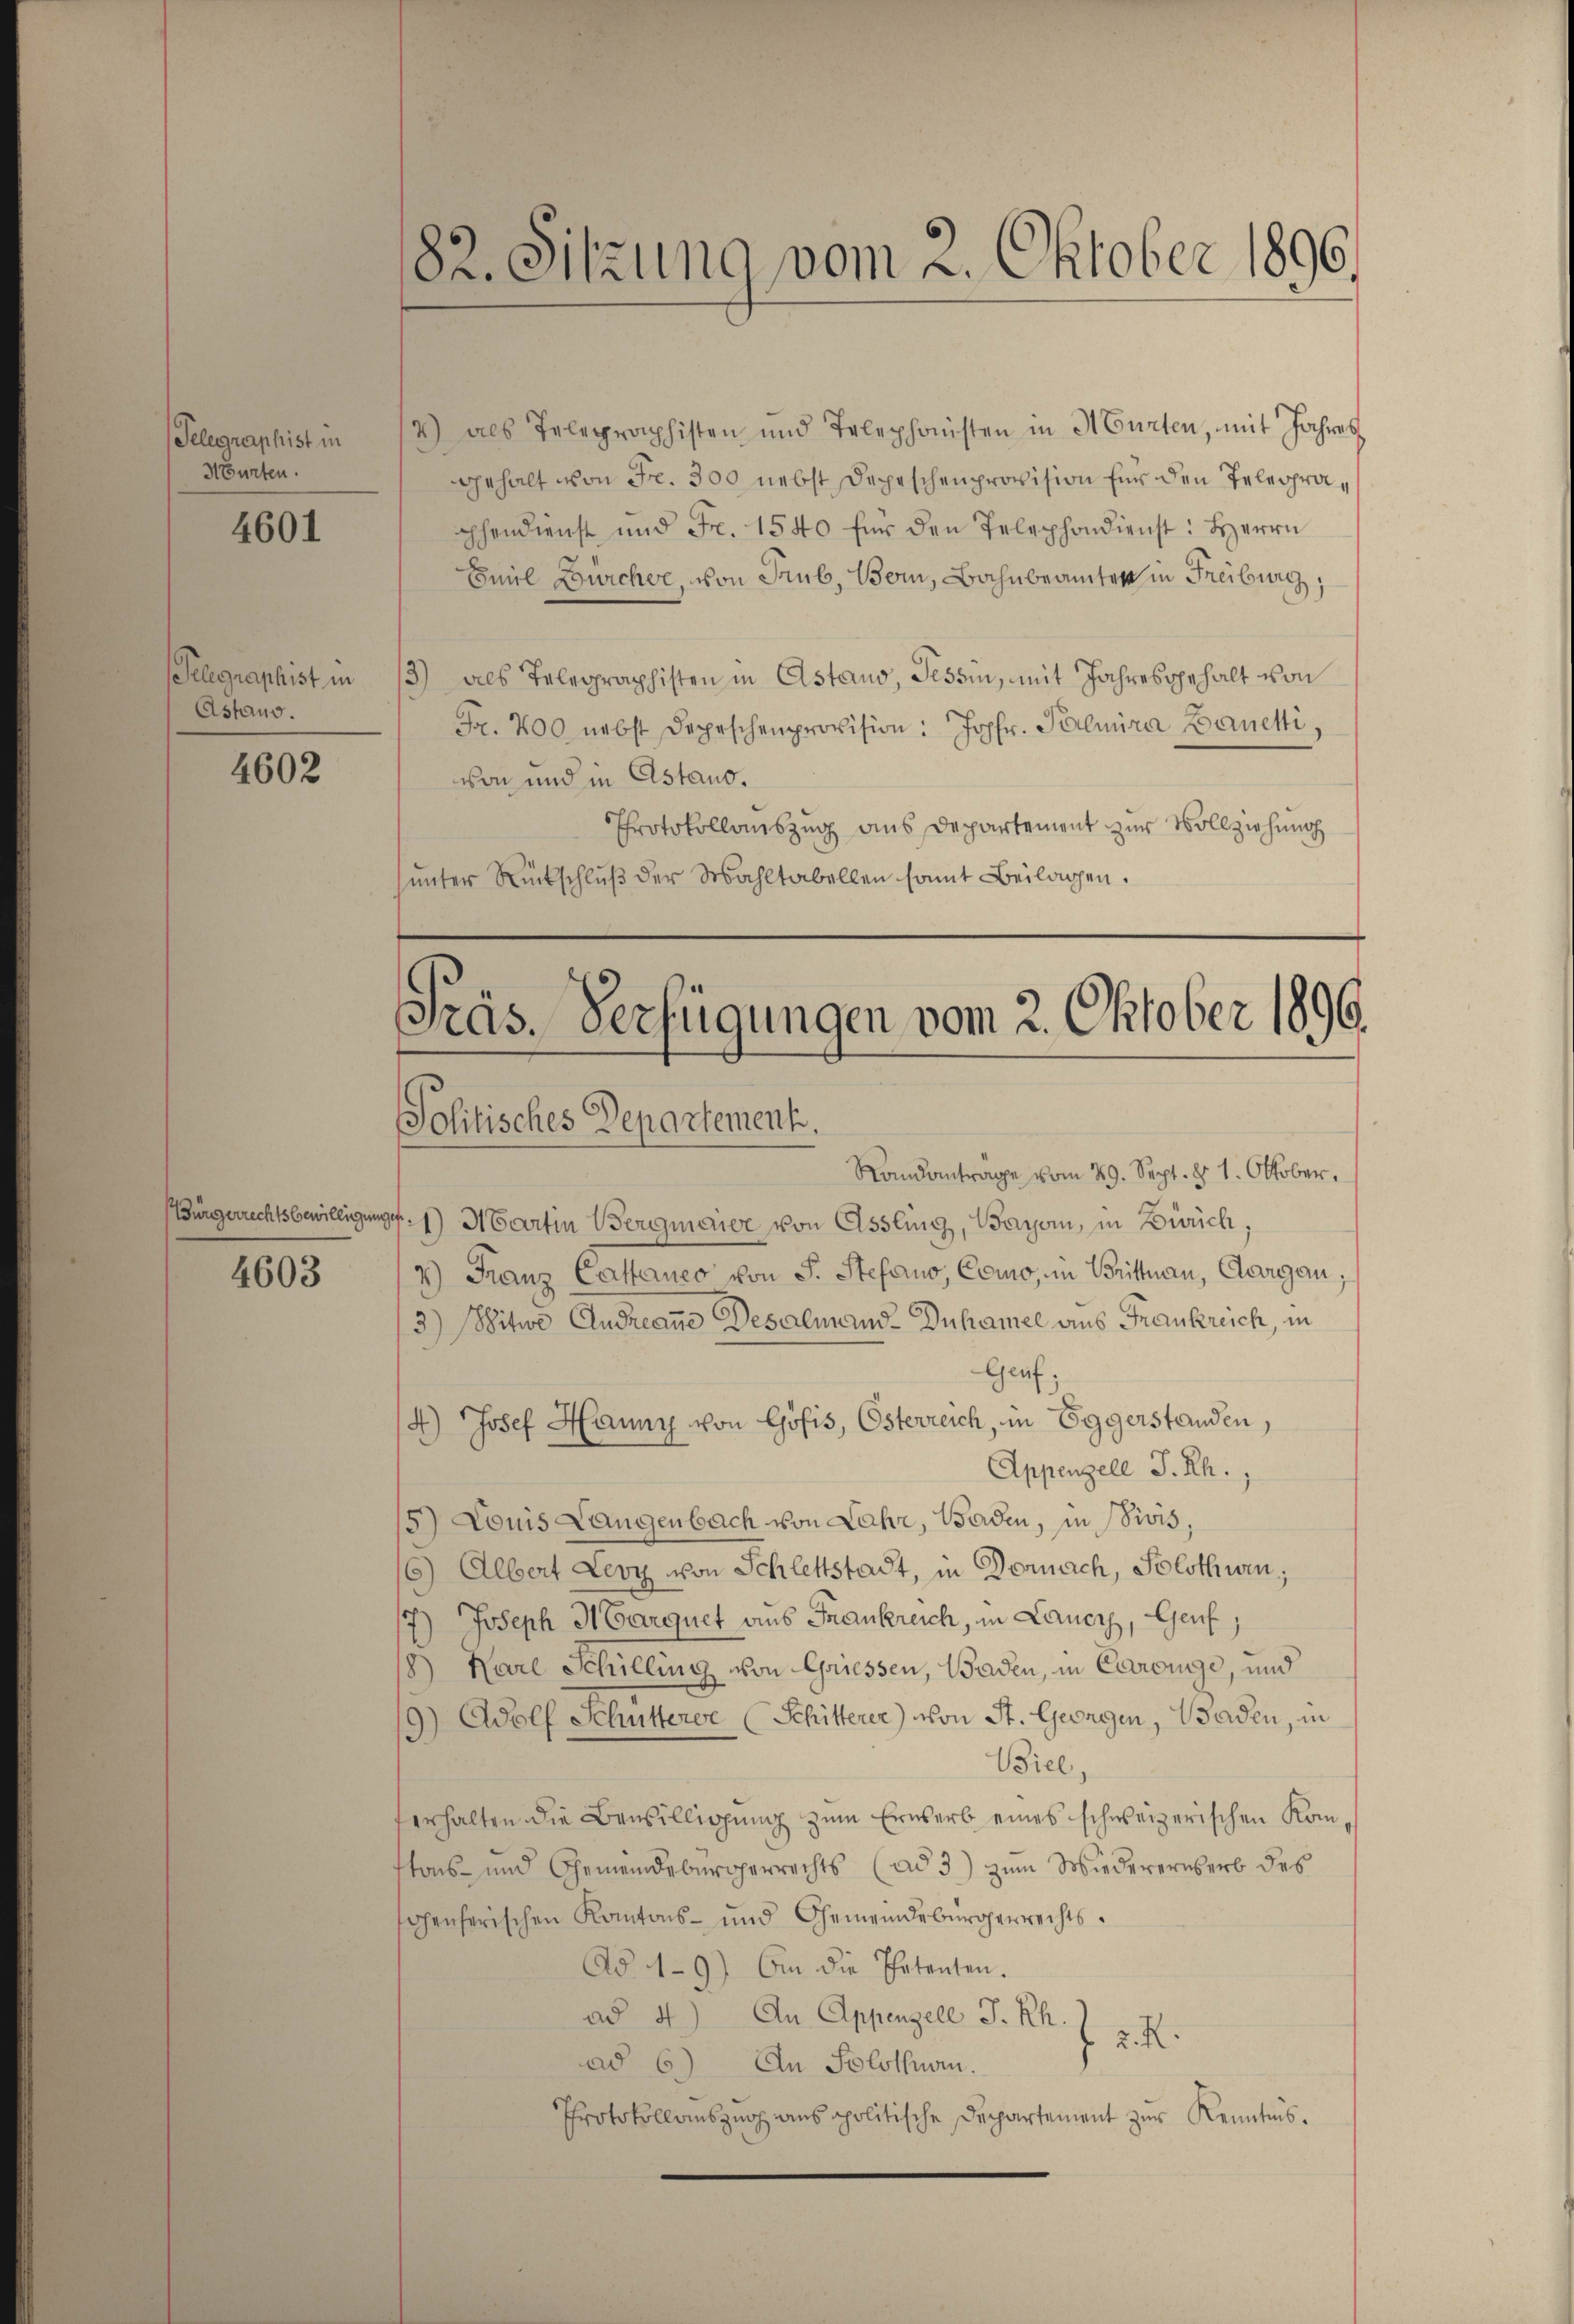
Telegraphist in
Hurten.

4601

Telegraphist in
Astaus.

4602

4603

2) als Telegraphisten und Telephonisten in Murten, mit Jahres
gehalt von Fr. 300 nebst Depeschenprovision für den Telegraaphendienst und Fr. 1540 für den Telephondienst: Herrn
Emil Bürche, von Trub, Bern, Bahnbeamter in Freiburg,
13) als Telegraphisten in Astaus, Tessin, mit Jahresgehalt von
Fr. 400 nebst Depeschenprovision: Jopfr. Palmira Banetti,
von und in Estano.
Protokollauszug aus Departement zur Vollziehung
ŭnter Rückschlŭβ der Wahltabellen samt Beilagen.

182. Sitzung vom 2. Oktober 1896

Präs. Verfügungen vom 2. Oktober 1896.

Politisches Departementi.

Randanträge vom 29. Sept. 81. Oktober,
urgerrechtsbewilligung.1) Martin Wergmaier von Assling, Baron, in Zürich,
4) Franz Casaneo von S. Stefano, Como, in Brittnau, Aargau,
3) Witwe Andreane Desalmend-Duhamel aus Frankreich, in
Genf;
4) Josef Hauny von Göfis, Österreich, in Eggerstanden,
Appenzell P. Rh.,
15) Louis Langenbach von Lahr, Baden, in Divis,
16) Albert Levy von Schlettstadt, in Dornach, Solothwen;
17.) Joseph Harquet aus Frankreich, in Lauer, Genf,
8) Karl Schilling von Griessen, Baden, in Carouge, und
9) Adolf Schutterve (Schitterer) von St. Georgen, Baden, in
Biel
verhalten die Bewilligung zum Erwerb eines schweizerischen Komtons- und Gemeindebürgerrechts (ad 3) zum Wiedererwerb des
genherischen Kantons- und Gemeindebürgerrechts¬
Ad 1-9) An die Petenten.
ad 4.) An Appenzell I. Rh. J. J. R.
ad 6) An Solothurn.
Protokollauszug aus politische Departement zur Kenntnis.